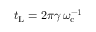
t _ { \mathrm { L } } = 2 \pi \gamma \, \omega _ { \mathrm { c } } ^ { - 1 }